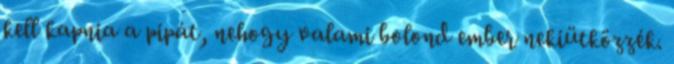
kell kapnia a pipát, nehogy valami bolond ember nekiütközzék.